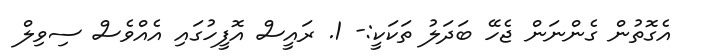
އެގޮތުން ގެންނަން ޖެހޭ ބަދަލު ތަކަކީ:- 1. ރައީސް އޮފީހުގައި އެއްވެސް ސިވިލް